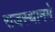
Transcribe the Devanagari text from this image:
राजस्थानमे